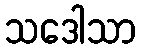
သဒေါသာ